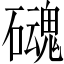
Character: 𱴹